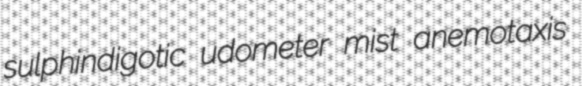
sulphindigotic udometer mist anemotaxis